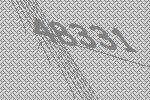
48331